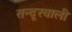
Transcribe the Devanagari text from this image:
तन्दूरवाली